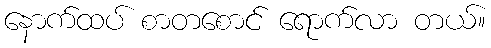
နောက်ထပ် စာတစောင် ရောက်လာ တယ်။